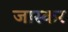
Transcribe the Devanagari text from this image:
जास्कर